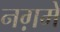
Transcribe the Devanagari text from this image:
नग़मे